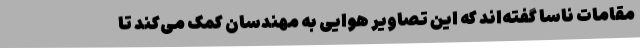
مقامات ناسا گفته‌اند که این تصاویر هوایی به مهندسان کمک می‌کند تا